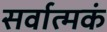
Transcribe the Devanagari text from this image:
सर्वात्मकं